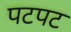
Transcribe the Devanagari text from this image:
पटपट